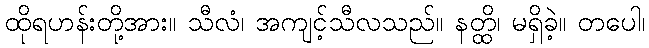
ထိုရဟန်းတို့အား။ သီလံ၊ အကျင့်သီလသည်။ နတ္ထိ၊ မရှိခဲ့။ တပေါ၊